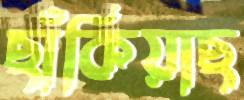
ছাঁকিয়াছ